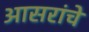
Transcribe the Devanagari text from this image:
आसरांचे